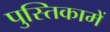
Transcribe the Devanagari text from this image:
पुस्‍तिकामें